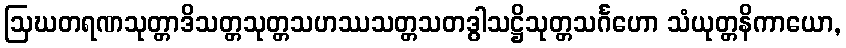
ဩဃတရဏသုတ္တာဒိသတ္တသုတ္တသဟဿသတ္တသတဒွါသဋ္ဌိသုတ္တသင်္ဂဟော သံယုတ္တနိကာယော,